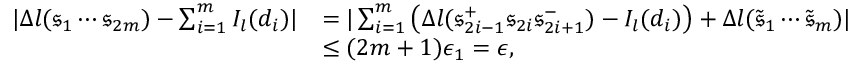
\begin{array} { r l } { | \Delta l ( \mathfrak { s } _ { 1 } \cdots \mathfrak { s } _ { 2 m } ) - \sum _ { i = 1 } ^ { m } I _ { l } ( d _ { i } ) | } & { = | \sum _ { i = 1 } ^ { m } \left( \Delta l ( \mathfrak { s } _ { 2 i - 1 } ^ { + } \mathfrak { s } _ { 2 i } \mathfrak { s } _ { 2 i + 1 } ^ { - } ) - I _ { l } ( d _ { i } ) \right) + \Delta l ( \tilde { \mathfrak { s } } _ { 1 } \cdots \tilde { \mathfrak { s } } _ { m } ) | } \\ & { \leq ( 2 m + 1 ) \epsilon _ { 1 } = \epsilon , } \end{array}